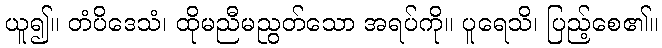
ယူ၍။ တံပိဒေသံ၊ ထိုမညီမညွတ်သော အရပ်ကို။ ပူရေသိ၊ ပြည့်စေ၏။